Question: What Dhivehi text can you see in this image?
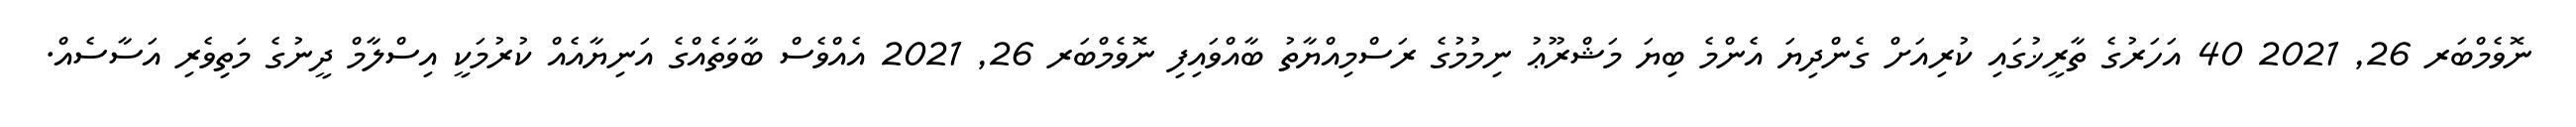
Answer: ނޮވެމްބަރ 26, 2021 40 އަހަރުގެ ތާރީޚުގައި ކުރިއަށް ގެންދިޔަ އެންމެ ބިޔަ މަޝްރޫޢު ނިމުމުގެ ރަސްމިއްޔާތު ބާއްވައިފި ނޮވެމްބަރ 26, 2021 އެއްވެސް ބާވަތެއްގެ އަނިޔާއެއް ކުރުމަކީ އިސްލާމް ދީނުގެ މަތިވެރި އަސާސެއް.